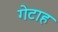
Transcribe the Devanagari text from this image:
गेटाह